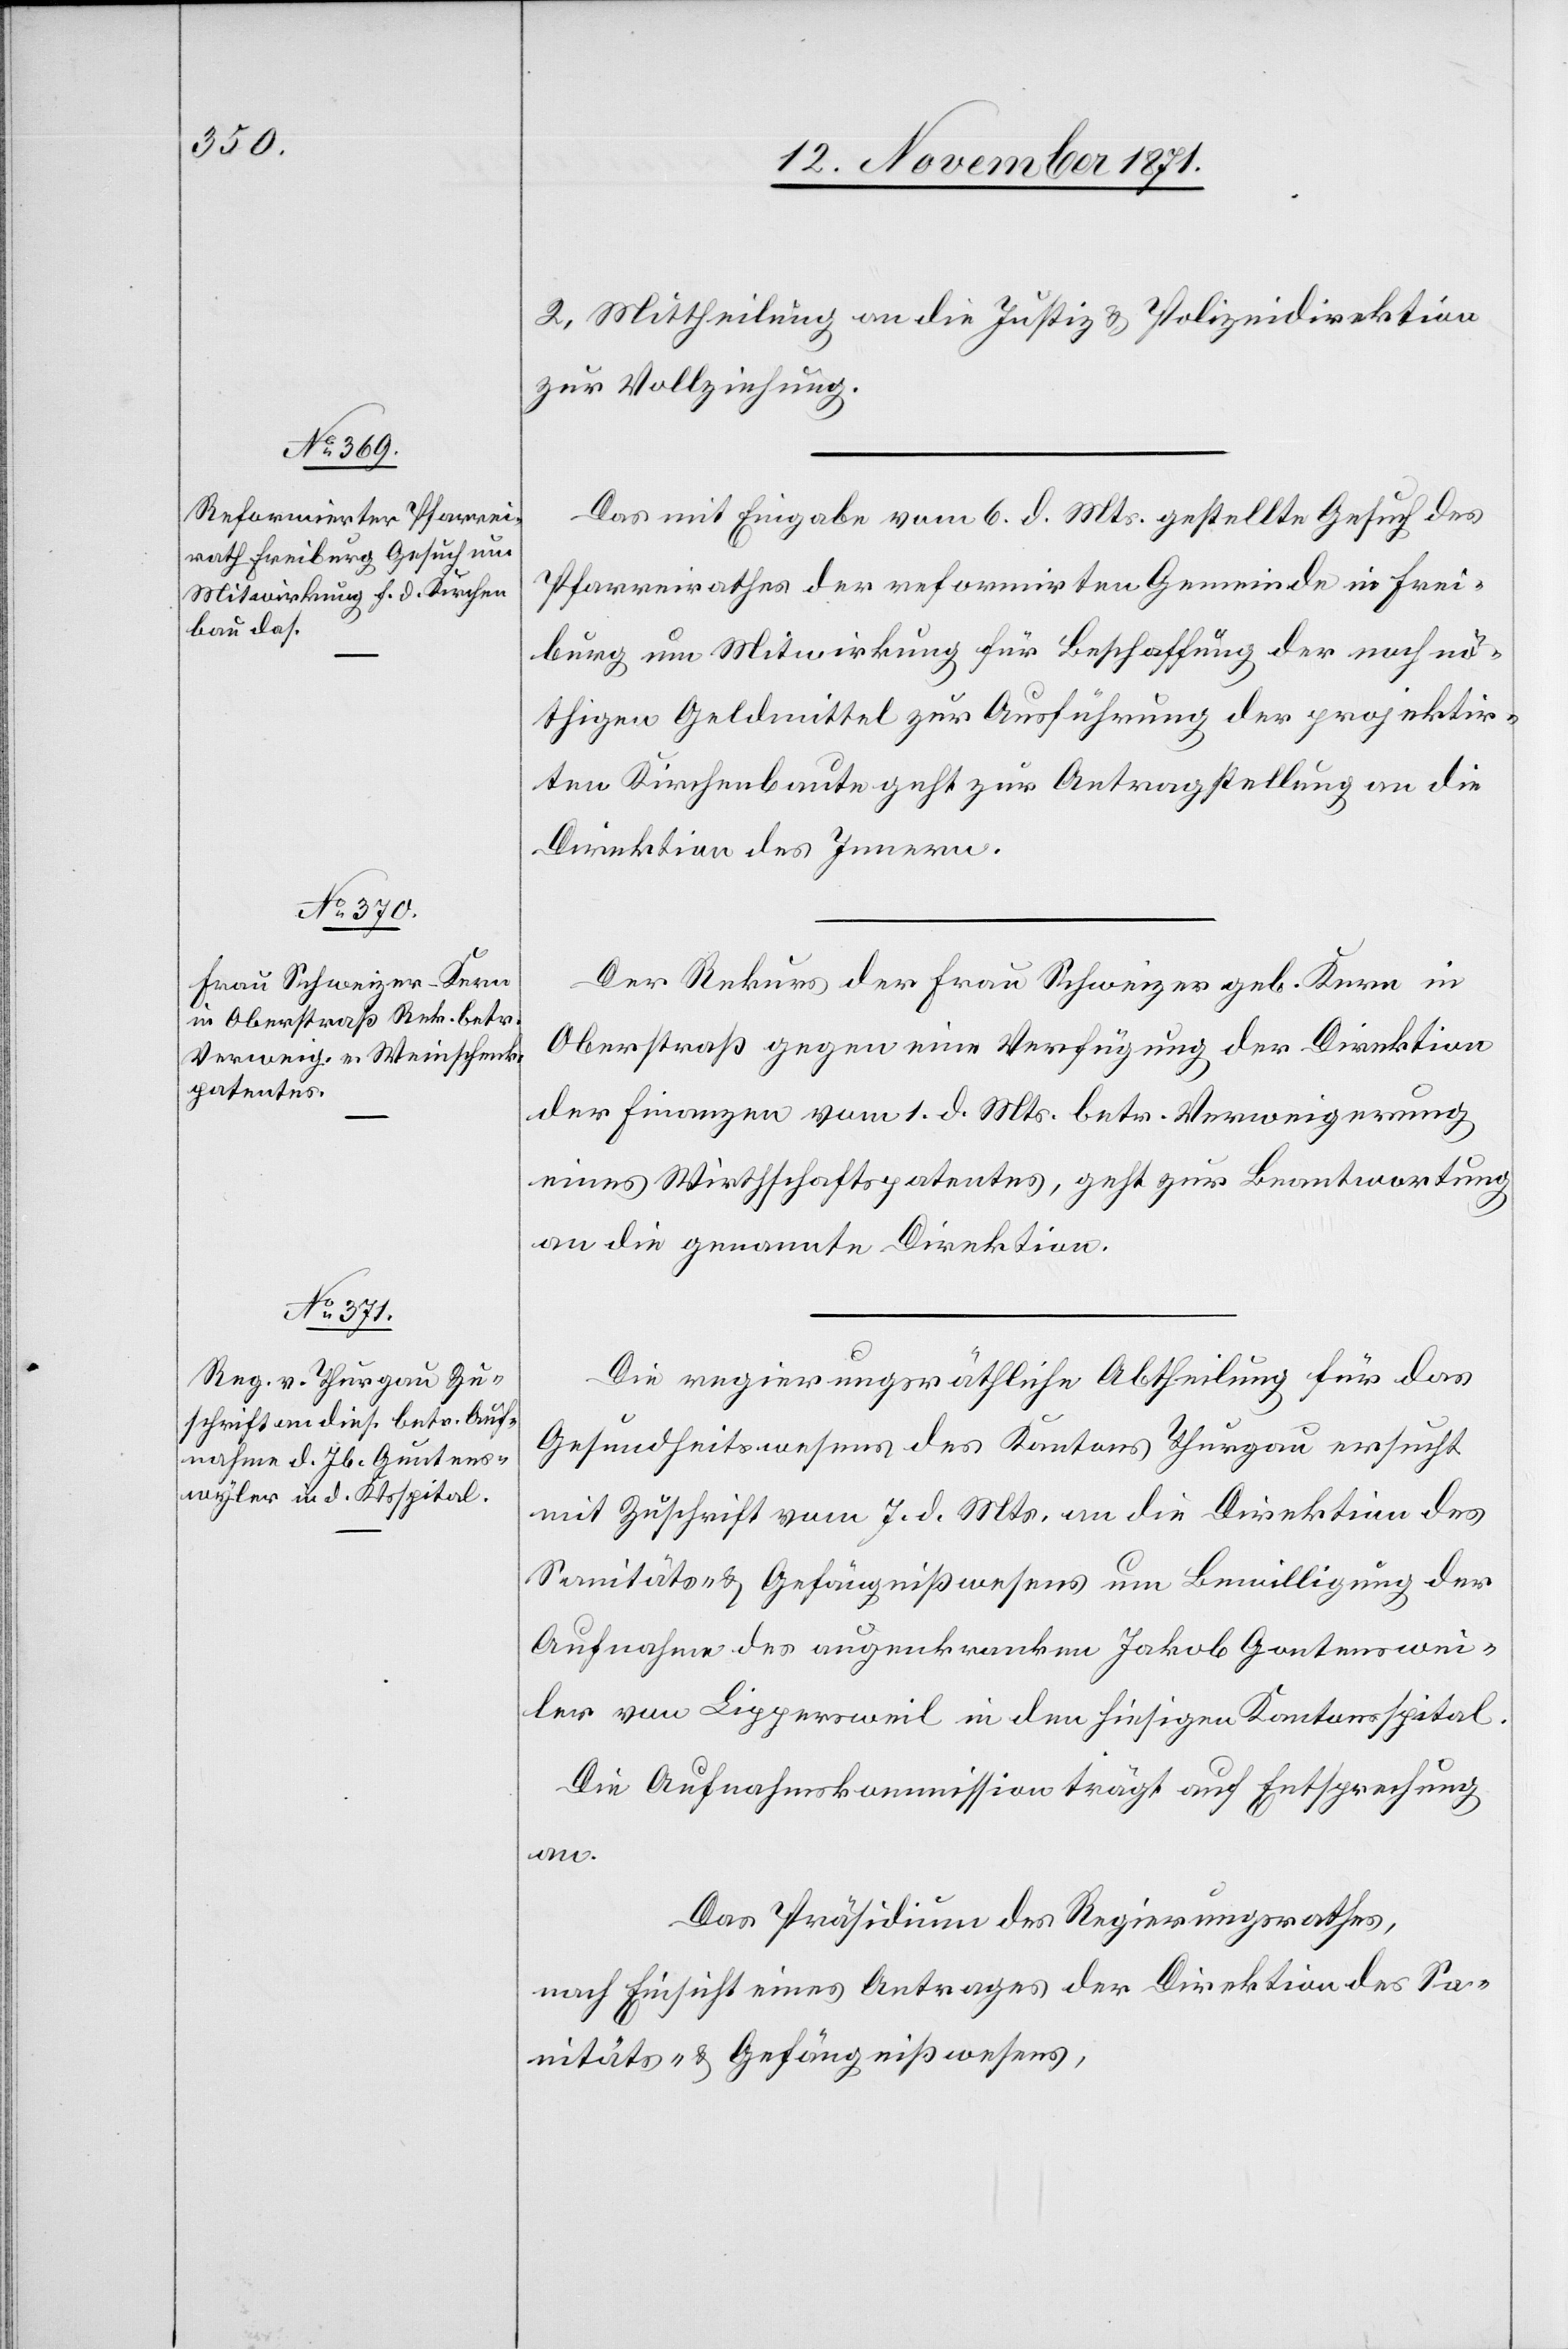
13. November 1871.]
2. Mittheilung an die Justiz[-] & Polizeidirektion
zur Vollziehung.
Das mit Eingabe vom 6. d. Mts. gestellte Gesuch des
Pfarreirathes der reformirten Gemeinde in Frei¬
burg um Mitwirkung für Beschaffung der noch nö¬
thigen Geldmittel zur Ausführung der projektir¬
ten Kirchenbaute geht zur Antragstellung an die
Direktion des Innern.
Der Rekurs der Frau Schweizer geb. Kern in
Oberstraß gegen eine Verfügung der Direktion
der Finanzen vom 1. d. Mts. betr. Verweigerung
eines Wirtschaftspatentes, geht zur Beantwortung
an die genannte Direktion.
Die regierungsräthliche Abtheilung für das
Gesundheitswesen des Kantons Thurgau ersucht
mit Zuschrift vom 7. d. Mts. an die Direktion des
Sanitäts- & Gefängnißwesens um Bewilligung der
Aufnahme des augenkranken Jakob Gontenswei¬
[sic!] von Lippersweil in den hiesigen Kantonsspital.
Die Aufnahmskommission trägt auf Entsprechung
an.
Das Präsidium des Regierungsrathes,
nach Einsicht eines Antrages der Direktion des Sa¬
nitäts- & Gefängnißwesens,